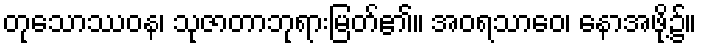
တုသောဿဝန၊ သုဇာတာဘုရားမြတ်၏။ အဝရသာဝေ၊ နောအဖို့၌။